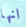
انها